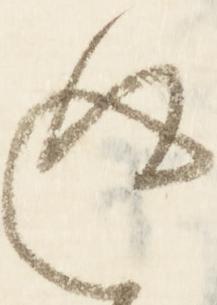
返